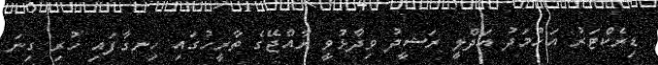
ޑިރެކްޓަރު އަހުމަދު އަދްލީ ރަޝީދު ވިދާޅުވީ ރާއްޖޭގެ ތާރީހުގައި ހިނގާފައި ހުރި ގިނަ